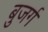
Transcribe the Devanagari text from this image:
बुजर्ग